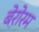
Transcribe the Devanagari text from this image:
बेरोरम